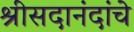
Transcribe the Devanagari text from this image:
श्रीसदानंदांचे